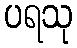
ပရသု